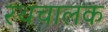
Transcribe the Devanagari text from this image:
रथचालक